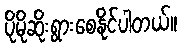
ပိုမိုဆိုးရွားစေနိုင်ပါတယ်။